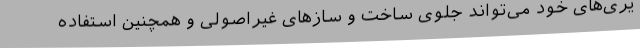
یری‌های خود می‌تواند جلوی ساخت و سازهای غیراصولی و همچنین استفاده